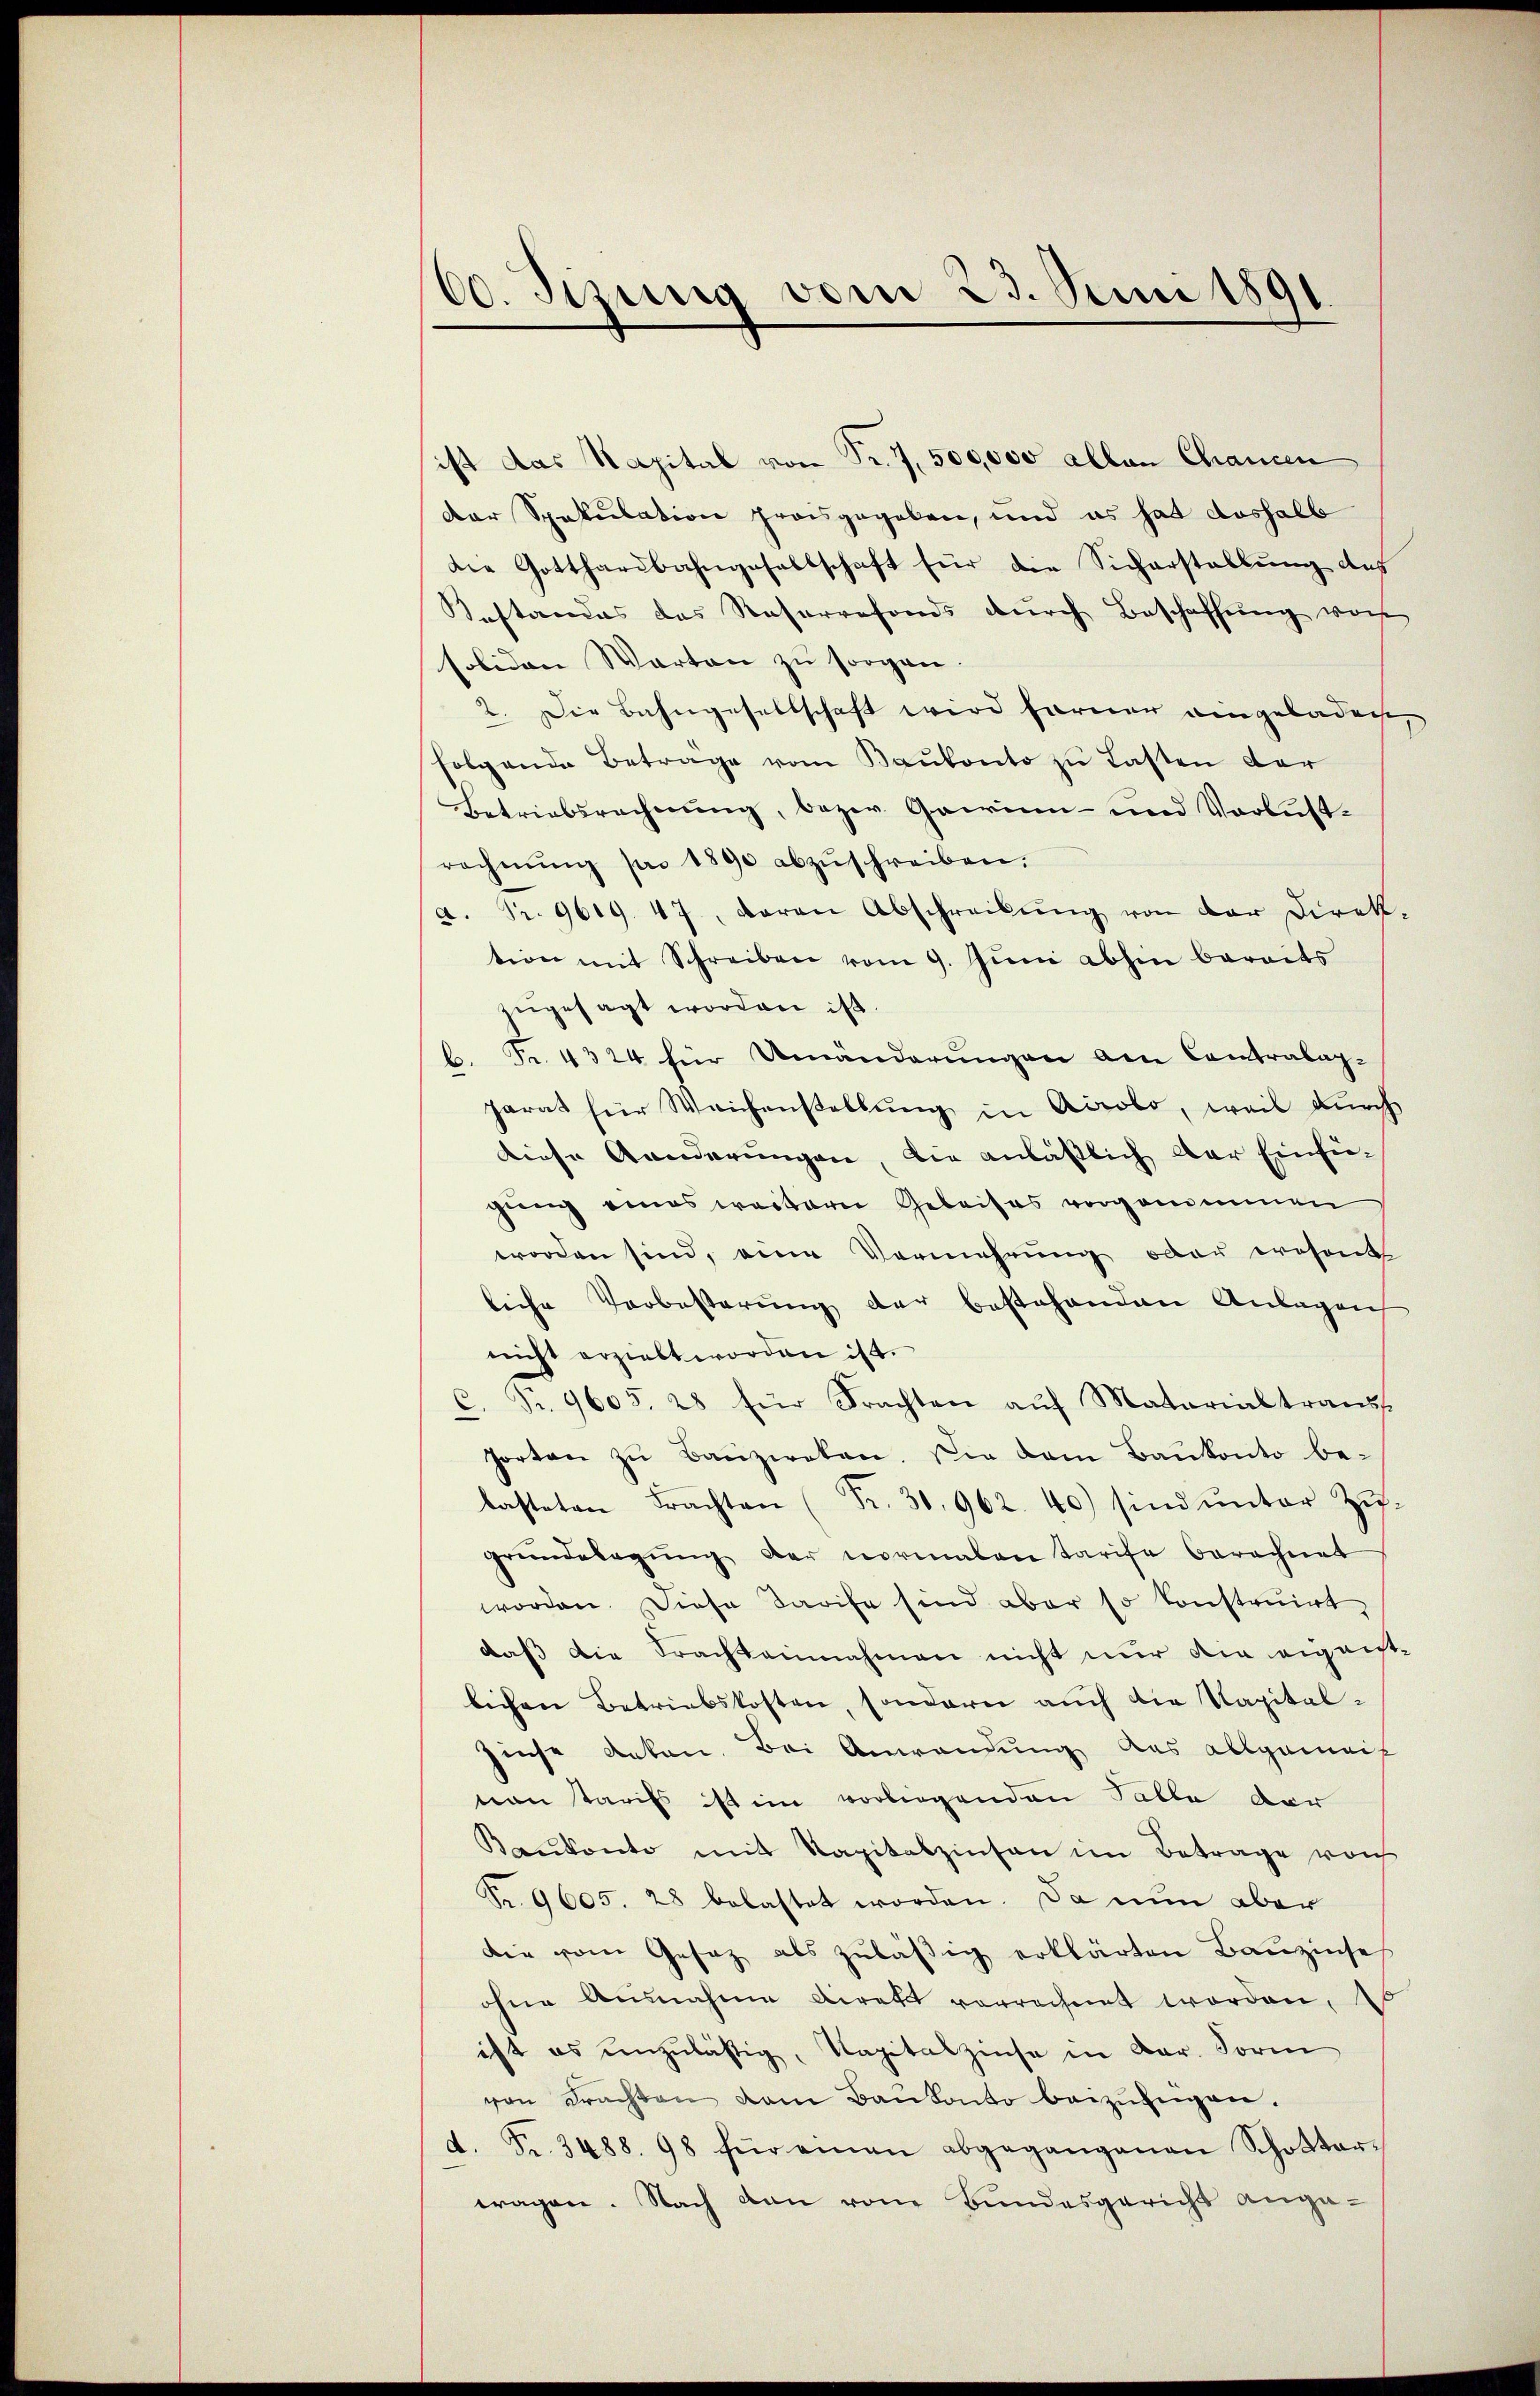
60. Jung vom 23. Juni 1891.

ist das Kapital von Fr. 7,500,000 allen Chancen
der Spekulation preisgegeben, und es hat deshalb
die Gotthardbahngesellschaft für die Sicherstellŭng aus
Gestandes das Reserrefonds durch Beschaffung von
soliden Warten zu sorgen.
2. Die Bahngesellschaft wird ferner eingeladen,
folgende Betrage vom Baubonto zu Lasten der
Betriebsrechnung, bezw. Gewinn- und Verlustrechnŭng pro 1890 abzŭschreiben.
a. Pr. 9619. 47, daran Abschreibŭng von der Direk-
tion mit Schreiben vom 9. Jŭni abhin bereits
zugesagt worden ist
b. Fr. 4324 für Umänderungen am Contralag-
parat für Weichenstellŭng in Accobo, weil durch
diese Aenderungen, die anläßlich der Einsie-
gung eines warterer Geleises vorganiminen
worden sind, eine Vermehrung oder ernsandte
liche Verbesterung der bestehenden Anlagen
nicht erzielt worden ist.
C. Fr. 9605. 28 für Frachten aŭf Matarialtrans
Portan zŭ Bauzweken. Die dem Baŭkonto be-
lasteten Fracht Fr. 30962. 40) sind ŭnter Zŭ-
gründelagŭng der normalen Tarife berechnet
worden. Diese Tarife sind aber so konstruirt,
daß die Frachteinnahmen nicht nur die eigenst-
lichen Betriebskosten, sondern auch die Kapital¬
Zinse daten. Bei Anwendung des allgemeis
von Tarifs ist im vorliegenden Falle dar
Baŭkonto mit Kapitalzinsen im Betrage vorh
Fr. 9605. 28 belastet worden. Da nun aber
die vom Gesetz als zuläßig erklärten Baŭzinse
ohne Ausnahme direkt vorrechnet worden, 16
ist es unzulässig, Kapitalzinse in Aar. Form
von Frachten dem Bankonto beizŭfügen.
d. Fr. 3488. 98 für einen abgegangenen Schotter-
tragen. Nach dan vom Bundesgericht ange¬